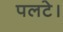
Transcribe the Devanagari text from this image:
पलटे।